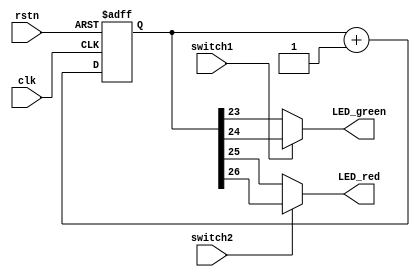
/*
 Licensed under the Apache License, Version 2.0 (the "License");         
 you may not use this file except in compliance with the License.        
 You may obtain a copy of the License at                                 
                                                                         
     http://www.apache.org/licenses/LICENSE-2.0                          
                                                                         
  Unless required by applicable law or agreed to in writing, software    
 distributed under the License is distributed on an "AS IS" BASIS,       
 WITHOUT WARRANTIES OR CONDITIONS OF ANY KIND, either express or implied.
 See the License for the specific language governing permissions and     
 limitations under the License.      
*/

//==============================================================||
// Description: 						||
//	      		light_led			       	|| 
// History:   							||
//                      2017/9/26 				||
//                      First version				||
//===============================================================


module light_led (
input wire clk,
input wire rstn,
input wire switch1,
input wire switch2,
output wire LED_red,
output wire LED_green
);

reg [31:0] cnt;

always @ (posedge clk or negedge rstn)
begin
	if(!rstn)
	begin
		cnt <= 32'h0;
	end
	else
	begin
		cnt <= cnt + 32'h1;
	end
end


assign LED_green = switch1 ? cnt[24] : cnt[23];
assign LED_red   = switch2 ? cnt[26] : cnt[25];

endmodule